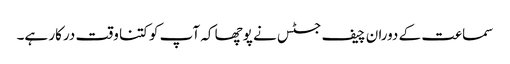
سماعت کے دوران چیف جسٹس نے پوچھا کہ آپ کو کتنا وقت درکار ہے۔